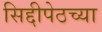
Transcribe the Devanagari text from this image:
सिद्दीपेठच्या